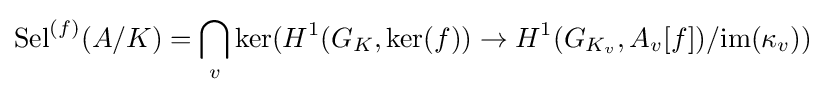
\mathrm {Sel} ^{(f)}(A/K)=\bigcap _{v}\mathrm {ker} (H^{1}(G_{K},\mathrm {ker} (f))\rightarrow H^{1}(G_{K_{v}},A_{v}[f])/\mathrm {im} (\kappa _{v}))